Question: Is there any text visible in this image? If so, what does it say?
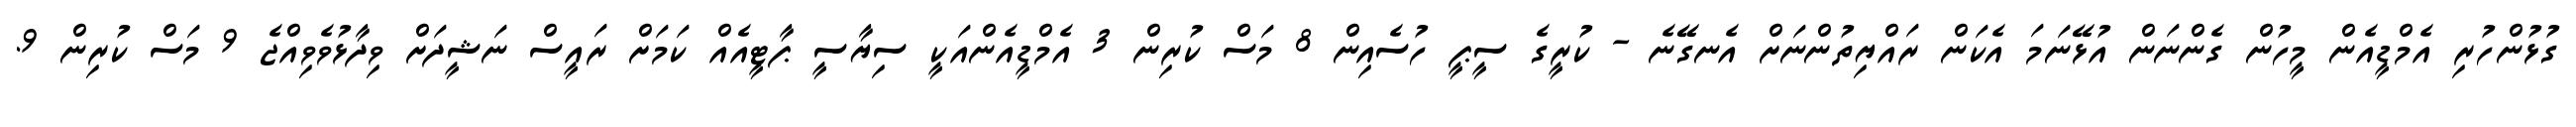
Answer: ގުޅުންހުރި އެމްޑީއެން މީހުން ގެންނަން އުޅޭނަމަ އެކަން ރައްޔިތުންނަށް އެނގޭނެ - ކުރީގެ ސީޕީ ހުސެއިން 8 މަސް ކުރިން 3 އެމްޑީއެންއަކީ ސިޔާސީ ޕާޓީއެއް ކަމަށް ރައީސް ނަޝީދަށް ވިދާޅުވެވިއްޖެ 9 މަސް ކުރިން 9.